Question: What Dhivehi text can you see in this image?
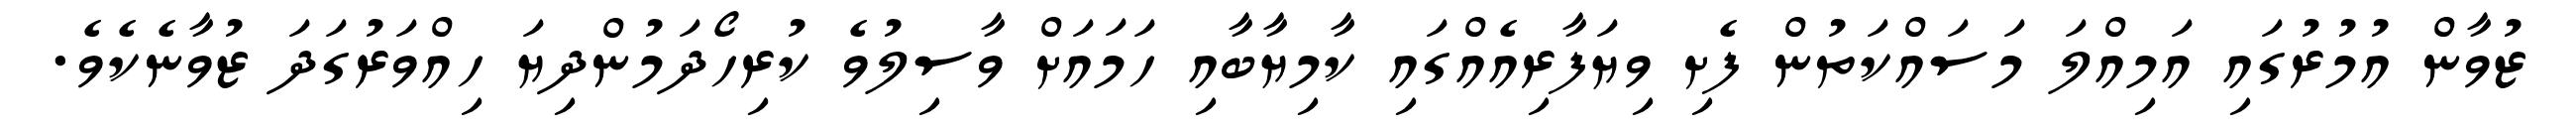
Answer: ޒުވާން އުމުރުގައި އަމިއްލަ މަސައްކަތުން ފެށި ވިޔަފާރިއެއްގައި ކާމިޔާބާއި ހަމައަށް ވާސިލުވެ ކުރިހޯދަމުންދިޔަ ހިއްވަރުގަދަ ޒުވާނެކެވެ.